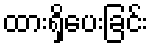
ထားရှိပေးခြင်း